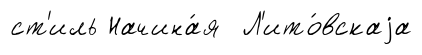
ст'иль Начина́я Л'ито́вскаjа